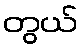
တွယ်